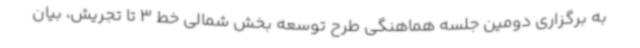
به برگزاری دومین جلسه هماهنگی طرح توسعه بخش شمالی خط 3 تا تجریش، بیان